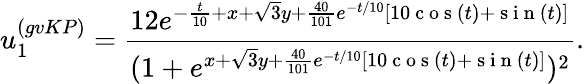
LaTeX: u_{1}^{(gvKP)}=\frac{12e^{-\frac{t}{10}+x+\sqrt{3}y+\frac{40}{101}e^{-t/10}[10\mathrm{~c~o~s~}(t)+\mathrm{~s~i~n~}(t)]}}{(1+e^{x+\sqrt{3}y+\frac{40}{101}e^{-t/10}[10\mathrm{~c~o~s~}(t)+\mathrm{~s~i~n~}(t)]})^{2}}.